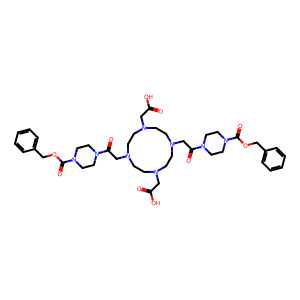
SMILES: O=C(O)CN1CCN(CC(=O)N2CCN(C(=O)OCc3ccccc3)CC2)CCN(CC(=O)O)CCN(CC(=O)N2CCN(C(=O)OCc3ccccc3)CC2)CC1
Inhibits HIV replication: No